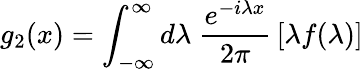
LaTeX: g_{2}(x)=\int_{-\infty}^{\infty}d\lambda~\frac{e^{-i\lambda x}}{2\pi}\, [\lambda f(\lambda)]